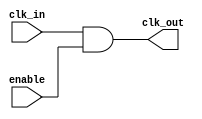
module clock_gating_cell (
    input wire clk_in,
    input wire enable,
    output wire clk_out
);
    // Clock gating cell: AND gate to control clock propagation
    assign clk_out = clk_in & enable;
endmodule